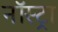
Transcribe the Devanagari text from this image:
नॉस्ट्रा